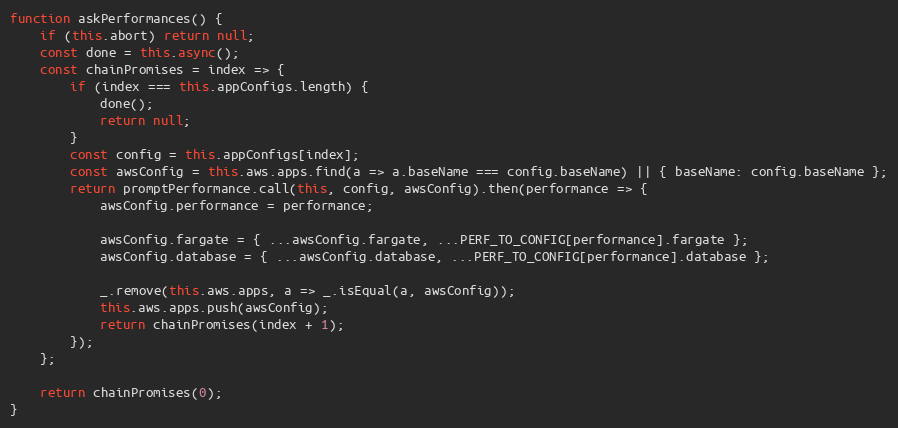
Language: JavaScript
function askPerformances() {
    if (this.abort) return null;
    const done = this.async();
    const chainPromises = index => {
        if (index === this.appConfigs.length) {
            done();
            return null;
        }
        const config = this.appConfigs[index];
        const awsConfig = this.aws.apps.find(a => a.baseName === config.baseName) || { baseName: config.baseName };
        return promptPerformance.call(this, config, awsConfig).then(performance => {
            awsConfig.performance = performance;

            awsConfig.fargate = { ...awsConfig.fargate, ...PERF_TO_CONFIG[performance].fargate };
            awsConfig.database = { ...awsConfig.database, ...PERF_TO_CONFIG[performance].database };

            _.remove(this.aws.apps, a => _.isEqual(a, awsConfig));
            this.aws.apps.push(awsConfig);
            return chainPromises(index + 1);
        });
    };

    return chainPromises(0);
}